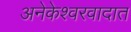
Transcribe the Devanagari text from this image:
अनेकेश्वरवादात